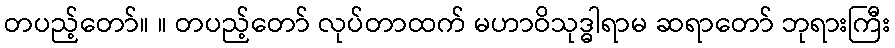
တပည့်တော်။ ။ တပည့်တော် လုပ်တာထက် မဟာဝိသုဒ္ဓါရာမ ဆရာတော် ဘုရားကြီး